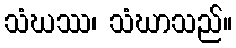
သံဃဿ၊ သံဃာသည်။